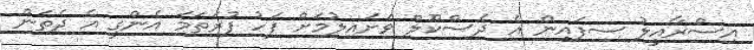
އިސްރާއީލު ސިފައިން އެ ދެސްކޫލް ވަށައިލުމަށް ފަހު ފުރަތަމަ އެންގީ އެ ދެތަން